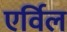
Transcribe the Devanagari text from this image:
एर्विल